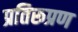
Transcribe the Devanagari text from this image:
प्रतिरूप्रण